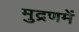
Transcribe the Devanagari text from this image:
मुद्रणमें